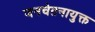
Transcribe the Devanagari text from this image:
जनचेतनायुक्त